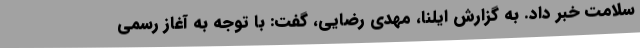
سلامت خبر داد. به گزارش ایلنا، مهدی رضایی، گفت: با توجه به آغاز رسمی